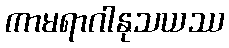
ကာမရာဂါနုသယဿ